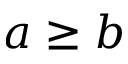
a \geq b